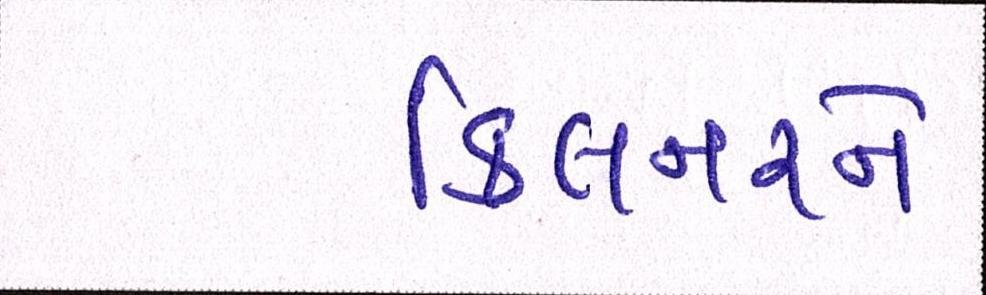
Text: કિલનરને